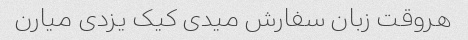
هروقت زبان سفارش میدی کیک یزدی میارن